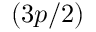
( 3 p / 2 )